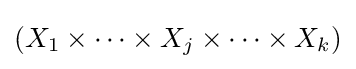
(X_{1}\times \cdots \times X_{j}\times \cdots \times X_{k})